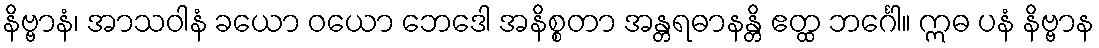
နိဗ္ဗာနံ၊ အာသဝါနံ ခယော ဝယော ဘေဒေါ အနိစ္စတာ အန္တရဓာနန္တိ ဧတ္ထ ဘင်္ဂေါ။ ဣဓ ပနံ နိဗ္ဗာန